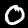
Label: 0